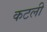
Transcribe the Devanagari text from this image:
कटली